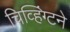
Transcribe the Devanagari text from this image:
चिव्हिंग्टने